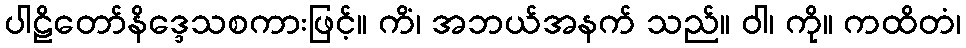
ပါဠိတော်နိဒ္ဒေသစကားဖြင့်။ ကိံ၊ အဘယ်အနက် သည်။ ဝါ၊ ကို။ ကထိတံ၊